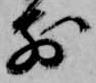
前